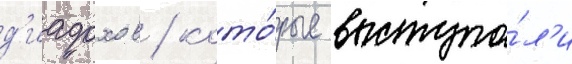
д'иадохов / кото́рые выступа́л'и